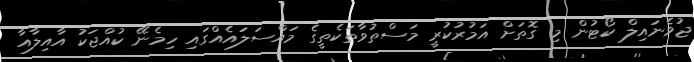
ޖުވެނައިލް ކޯޓުން މި ގޮތަށް އަމުރުކުރީ މަސްތުވާތަކެތީގެ މައްސަލައެއްގައި ހިމެނޭ ކުއްޖަކު އާއިލާއާ